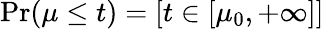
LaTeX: \operatorname*{Pr}(\mu\leq t)=[t\in[\mu_{0},+\infty]]